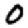
Digit: 0